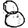
Digit: 8